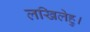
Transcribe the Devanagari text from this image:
लखिलेहु।